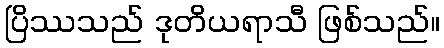
ပြိဿသည် ဒုတိယရာသီ ဖြစ်သည်။